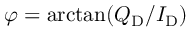
\varphi = \arctan ( Q _ { \mathrm { D } } / I _ { \mathrm { D } } )